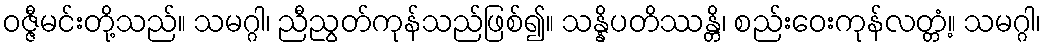
ဝဇ္ဇီမင်းတို့သည်။ သမဂ္ဂါ၊ ညီညွတ်ကုန်သည်ဖြစ်၍။ သန္နိပတိဿန္တိ၊ စည်းဝေးကုန်လတ္တံ့။ သမဂ္ဂါ၊